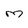
Character: m